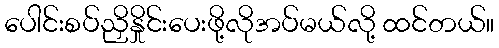
ပေါင်းစပ်ညှိနှိုင်းပေးဖို့လိုအပ်မယ်လို့ ထင်တယ်။